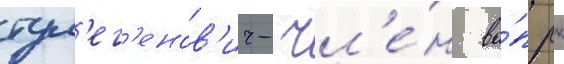
тул'ег'енов'ич- чл'е́н ва́п рк